Report on plague in the Punjab from October 1st ... to September 30th ..., being the ... season of plague in the province
Disease focus: Plague
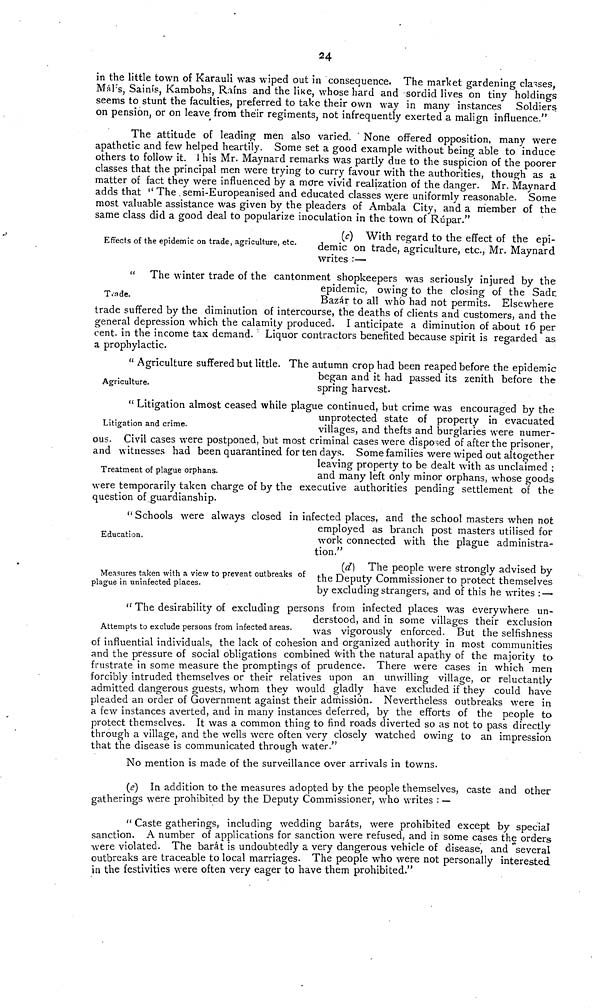
24
in the little town of Karauli was wiped out in consequence. The market gardening classes,
Mál's, Sainís, Kambohs, Rains and the like, whose hard and sordid lives on tiny holdings
seems to stunt the faculties, preferred to take their own way in many instances Soldiers
on pension, or on leave from their regiments, not infrequently exerted a malign influence."
The attitude of leading men also varied. ' None offered opposition, many were
apathetic and few helped heartily. Some set a good example without being able to induce
others to follow it. This Mr. Maynard remarks was partly due to the suspicion of the poorer
classes that the principal men were trying to curry favour with the authorities, though as a
matter of fact they were influenced by a more vivid realization of the danger. Mr. Maynard
adds that " The .semi-Europeanised and educated classes were uniformly reasonable. Some
most valuable assistance was given by the pleaders of Ambala City, and a member of the
same class did a good deal to popularize inoculation in the town of Rúpar."
Effects of the epidemic on trade, agriculture, etc.
(c) With regard to the effect of the epi-
demic on trade, agriculture, etc., Mr. Maynard
writes :—
Trade.
" The winter trade of the cantonment shopkeepers was seriously injured by the
epidemic, owing to the closing of the Sadr.
Bazar to all who had not permits. Elsewhere
trade suffered by the diminution of intercourse, the deaths of clients and customers, and the
general depression which the calamity produced. I anticipate a diminution of about 16 per
cent, in the income tax demand. ' Liquor contractors benefited because spirit is regarded as
a prophylactic.
Agriculture.
" Agriculture suffered but little. The autumn crop had been reaped before the epidemic
began and it had passed its zenith before the
spring harvest.
Litigation and crime.
" Litigation almost ceased while plague continued, but crime was encouraged by the
unprotected state of property in evacuated
villages, and thefts and burglaries were numer-
ous. Civil cases were postponed, but most criminal cases were disposed of after the prisoner,
and witnesses had been quarantined for ten days. Some families were wiped out altogether
Treatment of plague orphans.
leaving property to be dealt with as unclaimed ;
and many left only minor orphans, whose goods
were temporarily taken charge of by the executive authorities pending settlement of the
question of guardianship.
Education.
"Schools were always closed in infected places, and the school masters when not
employed as branch post masters utilised for
work connected with the plague administra-
tion."
Measures taken with a view to prevent outbreaks of
plague in uninfected places.
(d) The people were strongly advised by
the Deputy Commissioner to protect themselves
by excluding strangers, and of this he writes : —
Attempts to exclude persons from infected areas.
" The desirability of excluding; persons from infected places was everywhere un-
derstood, and in some villages their exclusion
was vigorously enforced. But the selfishness
of influential individuals, the lack of cohesion and organized authority in most communities
and the pressure of social obligations combined with the natural apathy of the majority ta
frustrate in some measure the promptings of prudence. There were cases in which men
forcibly intruded themselves or their relatives upon an unwilling village, or reluctantly
admitted dangerous guests, whom they would gladly have excluded if they could have
pleaded an order of Government against their admission. Nevertheless outbreaks were in
a few instances averted, and in many instances deferred, by the efforts of the people to
protect themselves. It was a common thing to find roads diverted so as not to pass directly
through a village, and the wells were often very closely watched owing to an impression
that the disease is communicated through water."
No mention is made of the surveillance over arrivals in towns.
(e) In addition to the measures adopted by the people themselves, caste and other
gatherings were prohibited by the Deputy Commissioner, who writes : —
" Caste gatherings, including wedding baráts, were prohibited except by special
sanction. A number of applications for sanction were refused, and in some cases the orders
were violated. The barát is undoubtedly a very dangerous vehicle of disease, and "several
outbreaks are traceable to local marriages. The people who were not personally interested
in the festivities were often very eager to have them prohibited."